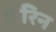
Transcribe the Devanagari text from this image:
शेरिन